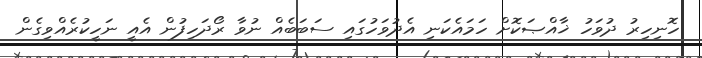
ހޮނިހިރު ދުވަހު ޚާއްޞަކޮށް ހަމައެކަނި އެދުވަހުގައި ސަބަބެއް ނުވާ ރޯދަހިފުން އެއީ ނަހީކުރެއްވިގެން